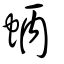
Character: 蛃